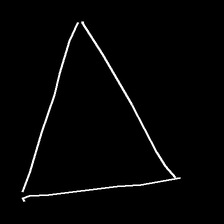
Glyph: convergence